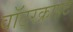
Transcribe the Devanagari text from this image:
वॉटरक्राफ़्ट